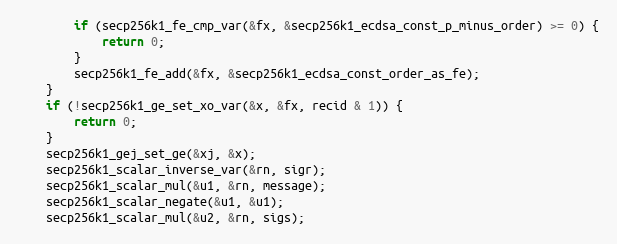
Language: C
        if (secp256k1_fe_cmp_var(&fx, &secp256k1_ecdsa_const_p_minus_order) >= 0) {
            return 0;
        }
        secp256k1_fe_add(&fx, &secp256k1_ecdsa_const_order_as_fe);
    }
    if (!secp256k1_ge_set_xo_var(&x, &fx, recid & 1)) {
        return 0;
    }
    secp256k1_gej_set_ge(&xj, &x);
    secp256k1_scalar_inverse_var(&rn, sigr);
    secp256k1_scalar_mul(&u1, &rn, message);
    secp256k1_scalar_negate(&u1, &u1);
    secp256k1_scalar_mul(&u2, &rn, sigs);